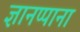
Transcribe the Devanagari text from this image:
ज्ञानप्पाना